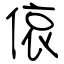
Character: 偯